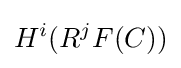
H^{i}(R^{j}F(C))